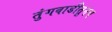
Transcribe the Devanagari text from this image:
तुंगवाडीतूनच